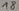
Text: 18